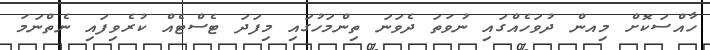
ހާއްސަކޮށް މިއން ދުވަހެއްގައި ނުވަތަ ދެވަނަ ތިންމަހުގައި މިފަދަ ޓެސްޓެއް ކުރެވިފައި ނެތްނަމަ